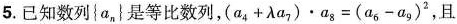
5.已知数列\left \{a，\right \}是等比数列 $$(a_{4}+ \lambda a_{7}) \cdot a_{8}=(a_{6}-a_{9})^{2}$$ 且